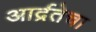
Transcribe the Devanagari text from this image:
आर्द्रतेचा